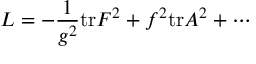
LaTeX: { \cal L } = - \frac { 1 } { g ^ { 2 } } \mathrm { t r } F ^ { 2 } + f ^ { 2 } \mathrm { t r } A ^ { 2 } + \cdots